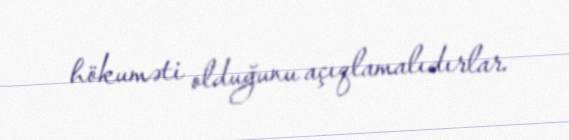
hökuməti olduğunu açıqlamalıdırlar.